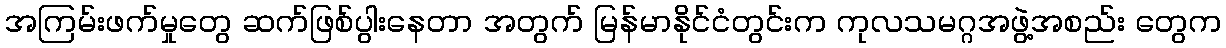
အကြမ်းဖက်မှုတွေ ဆက်ဖြစ်ပွါးနေတာ အတွက် မြန်မာနိုင်ငံတွင်းက ကုလသမဂ္ဂအဖွဲ့အစည်း တွေက